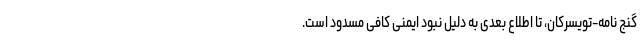
گنج نامه-تویسرکان، تا اطلاع بعدی به دلیل نبود ایمنی کافی مسدود است.